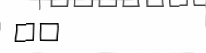
٢٢